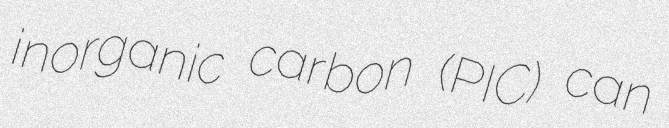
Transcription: inorganic carbon (PIC) can